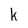
Character: K